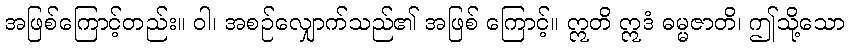
အဖြစ်ကြောင့်တည်း။ ဝါ၊ အစဉ်လျှောက်သည်၏ အဖြစ် ကြောင့်။ ဣတိ ဣဒံ ဓမ္မဇာတိ၊ ဤသို့သော